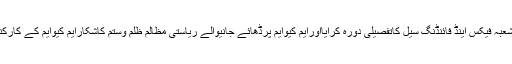
آخرمیں رابطہ کمیٹی کے ارکان نے حریت کانفرنس کے وفدکوایم کیو ایم کے شعبہ فیکس اینڈ فائنڈنگ سیل کاتفصیلی دورہ کرایااورایم کیوایم پرڈھائے جانیوالے ریاستی مظالم ظلم وستم کاشکارایم کیوایم کے کارکنان کی زندہ داستانوں دیکھائی جنہیں دیکھ کر وفدکے ارکان حیرت زدہ رہ گئے۔